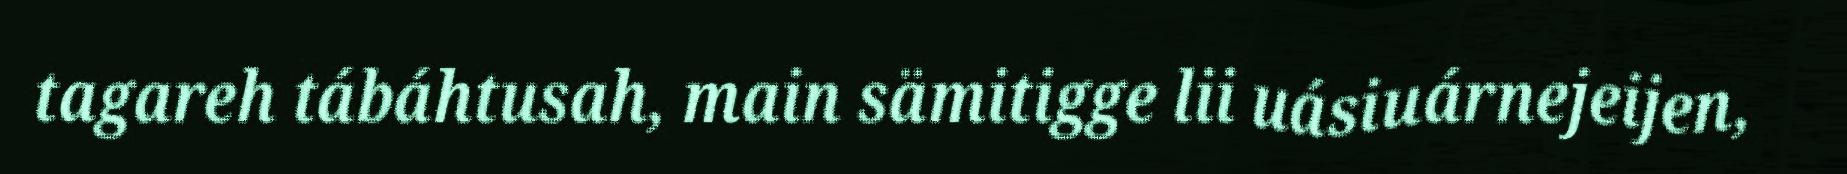
tagareh tábáhtusah, main sämitigge lii uásiuárnejeijen,